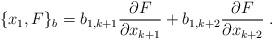
LaTeX: \begin{align*} \{x_1,F\}_b=b_{1,k+1}\frac{\partial F}{\partial x_{k+1}}+b_{1,k+2}\frac{\partial F}{\partial x_{k+2}}\;.\end{align*}